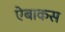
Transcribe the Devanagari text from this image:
ऐबाकस